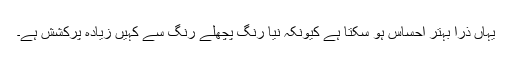
یہاں ذرا بہتر احساس ہو سکتا ہے کیونکہ نیا رنگ پچھلے رنگ سے کہیں زیادہ پرکشش ہے۔